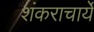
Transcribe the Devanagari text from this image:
शंकराचार्ये